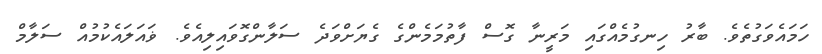
ހަމައެވަގުތެވެ. ބާރު ހިނގުމެއްގައި މަރީނާ ގޮސް ފާތުމަމެންގެ ގެޔަށްވަދެ ސަލާންގޮވައިލިއެވެ. ޥައަލައެކުމުއް ސަލާމް